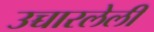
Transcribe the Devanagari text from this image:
उच्चारलेली